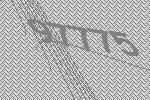
97775